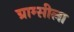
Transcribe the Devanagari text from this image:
ग्राम्सीला